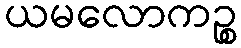
ယမလောကဉ္စ